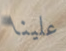
علينا